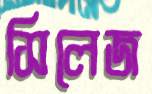
সিলেজ